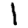
Digit: 1